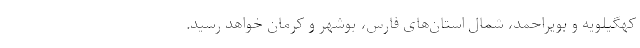
کهگیلویه و بویراحمد، شمال استان‌های فارس، بوشهر و کرمان خواهد رسید.